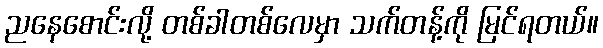
ညနေစောင်းလို့ တစ်ခါတစ်လေမှာ သက်တန့်ကို မြင်ရတယ်။